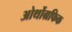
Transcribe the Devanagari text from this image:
ओर्थोग्रफिक